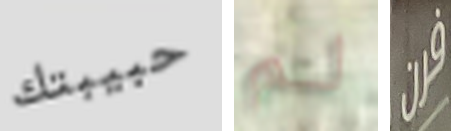
حبيبتك لم فرن